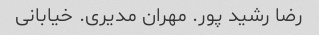
رضا رشید پور. مهران مدیری. خیابانی